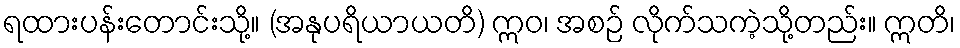
ရထားပန်းတောင်းသို့။ (အနုပရိယာယတိ) ဣဝ၊ အစဉ် လိုက်သကဲ့သို့တည်း။ ဣတိ၊